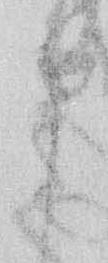
申